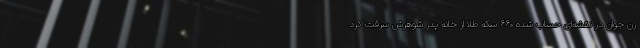
زن جوان در نقشه‌ای حساب شده ۶۶۰ سکه طلا از خانه پدر شوهرش سرقت کرد